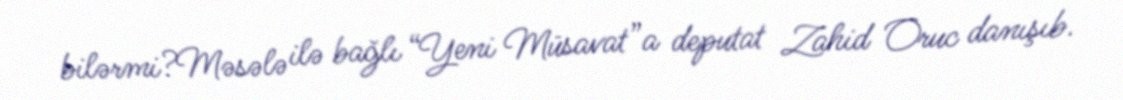
bilərmi?Məsələ ilə bağlı “Yeni Müsavat”a deputat Zahid Oruc danışıb.